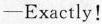
-Exactly!